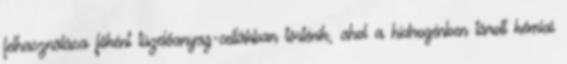
felhasználása főként tüzelőanyag-cellákban történik, ahol a hidrogénben tárolt kémiai